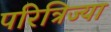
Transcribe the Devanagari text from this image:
परित्रिज्या